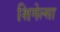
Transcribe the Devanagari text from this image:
शिगेल्सा